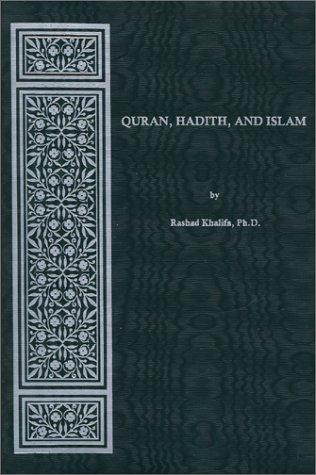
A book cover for Quran, Hadith, And Islam; Rashad Khalifa; Religion & Spirituality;